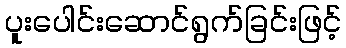
ပူးပေါင်းဆောင်ရွက်ခြင်းဖြင့်